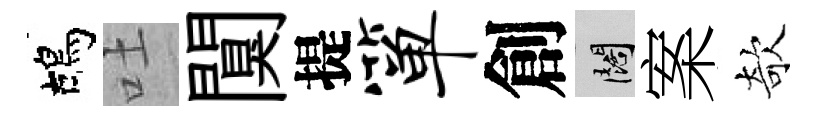
鴣吐闃提箪創闊案欹